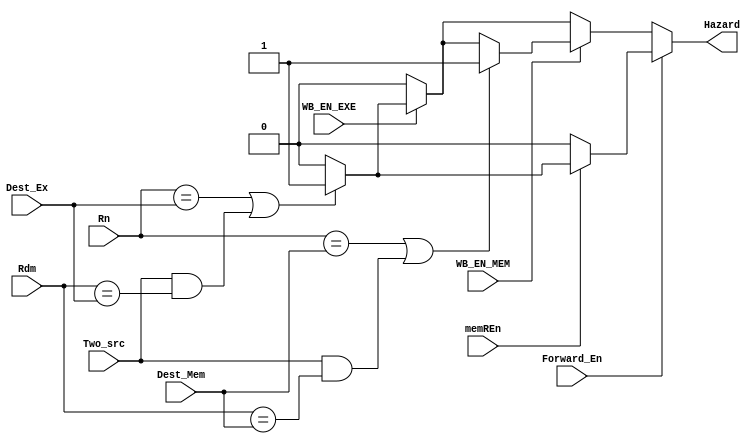
module Hazard_Unit(
    input [3:0] Rn, Rdm,
    input Two_src,
    input [3:0] Dest_Ex, Dest_Mem,
    input WB_EN_EXE, WB_EN_MEM, memREn,
    input Forward_En,
    output reg Hazard
);
    always @(Rn, Rdm, Dest_Ex, Dest_Mem, WB_EN_EXE, WB_EN_MEM, memREn, Two_src, Forward_En) begin
        Hazard = 1'b0;
        if (Forward_En) begin
            if (memREn) begin
                if (Rn == Dest_Ex || (Two_src && Rdm == Dest_Ex)) begin
                    Hazard = 1'b1;
                end
            end
        end
        else begin
            if (WB_EN_EXE) begin
                if (Rn == Dest_Ex || (Two_src && Rdm == Dest_Ex)) begin
                    Hazard = 1'b1;
                end
            end
            if (WB_EN_MEM) begin
                if (Rn == Dest_Mem || (Two_src && Rdm == Dest_Mem)) begin
                    Hazard = 1'b1;
                end
            end
        end
    end
endmodule